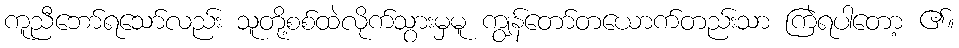
ကူညီဘော်ရသော်လည်း သူတို့စစ်ထဲလိုက်သွားမှမူ ကျွန်တော်တယောက်တည်းသာ ကြဲရပါတော့ ၏။